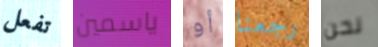
تفعل ياسمين أو رجعنا نحن